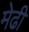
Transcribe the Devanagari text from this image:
मेढी